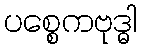
ပစ္စေကဗုဒ္ဓါ